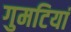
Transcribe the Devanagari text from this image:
गुमटियां